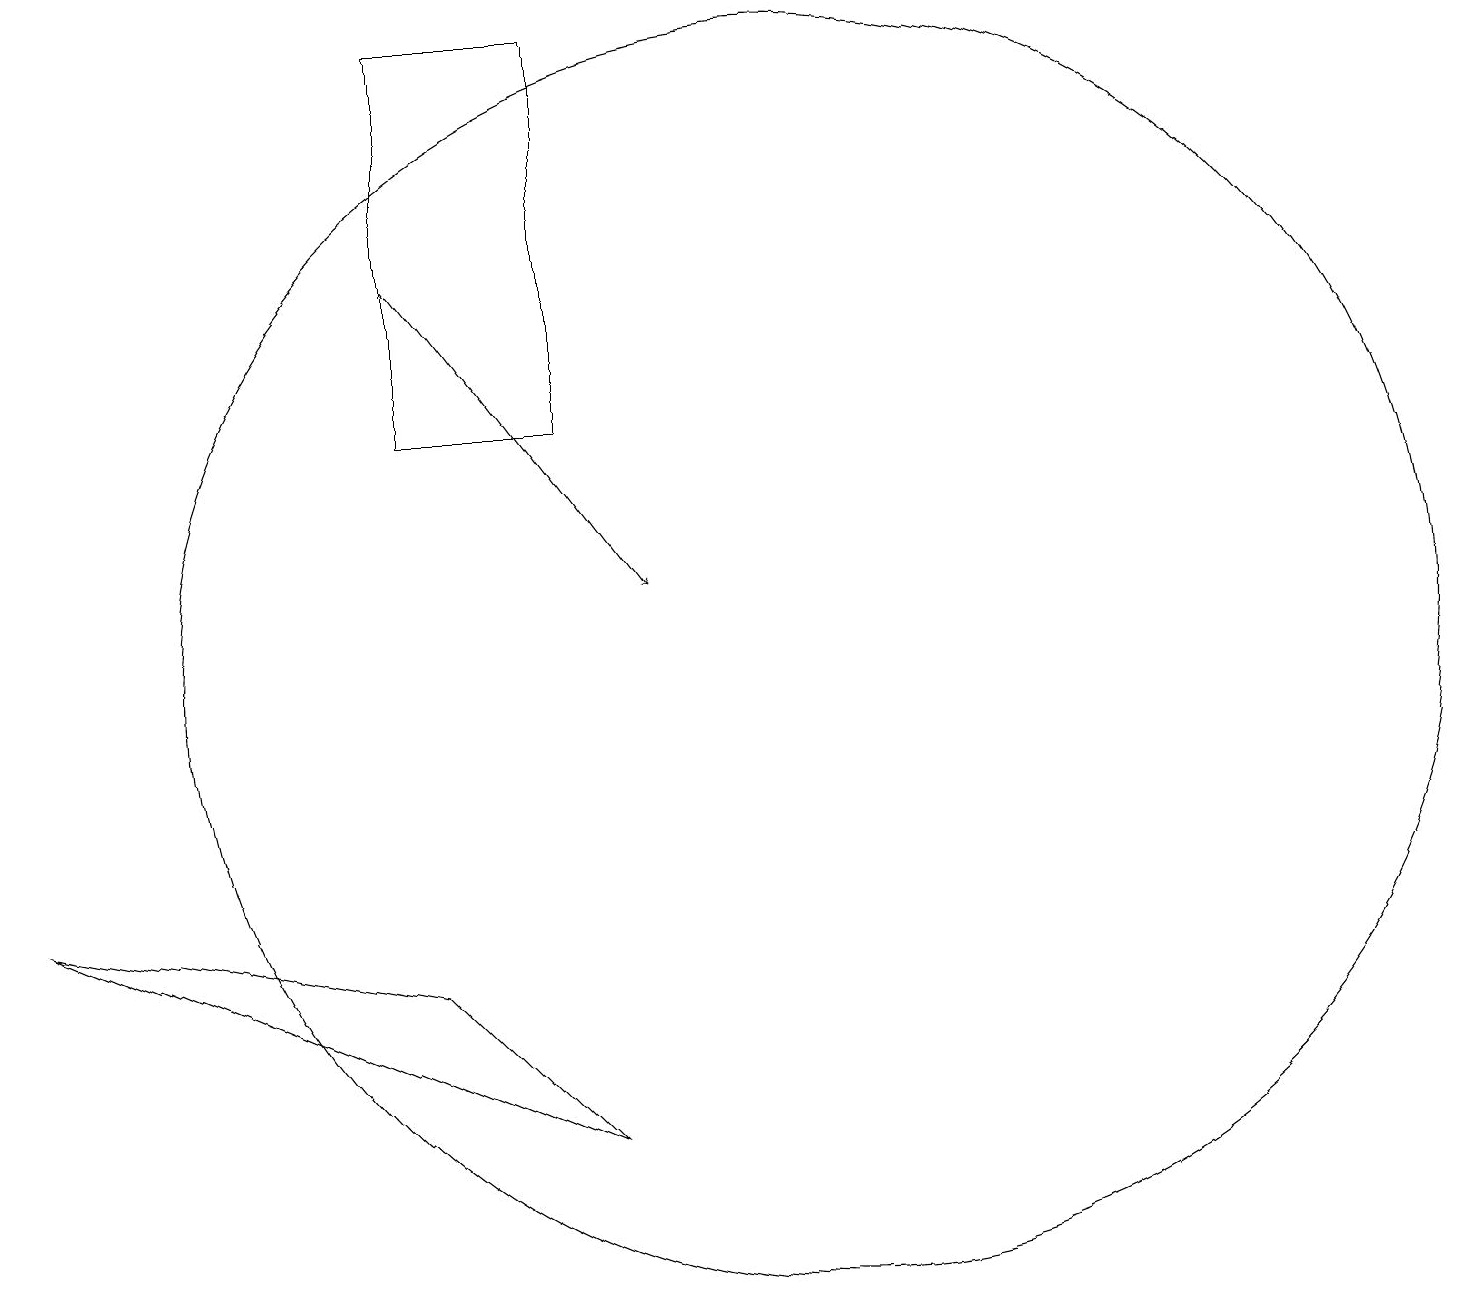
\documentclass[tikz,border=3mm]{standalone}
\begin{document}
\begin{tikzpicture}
\draw (10,10) circle (8);
\draw[->] (5,15) -- (8,11);
\draw (5,6) -- (0,7) -- (7,4) -- cycle;
\draw (7,13) rectangle (5,18);
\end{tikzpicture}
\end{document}